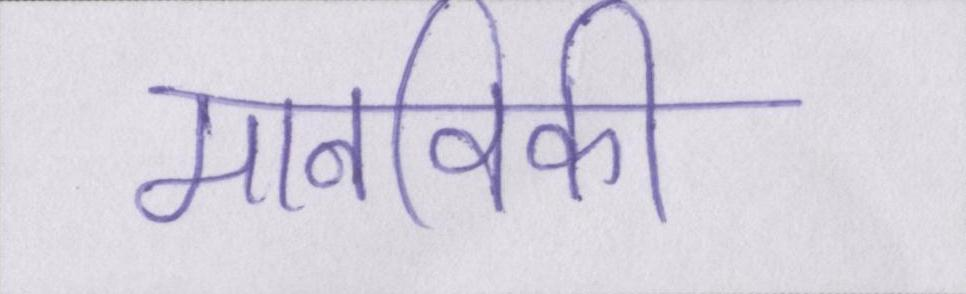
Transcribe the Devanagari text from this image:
मानविकी